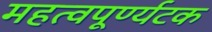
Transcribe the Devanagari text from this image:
महत्वपूर्ण्यटक